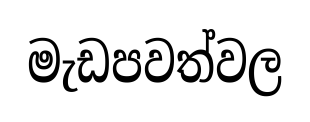
මැඩපවත්වල